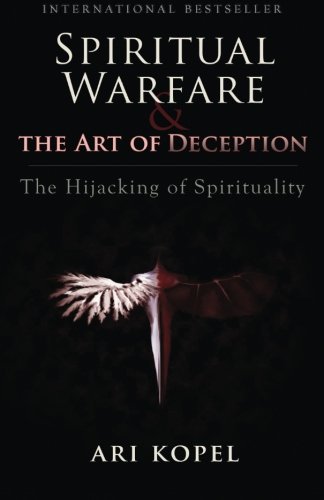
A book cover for Spiritual Warfare & The Art of Deception: The Hijacking of Spirituality; Ari Kopel; Self-Help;